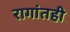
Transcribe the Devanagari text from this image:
रागांतही